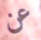
عن